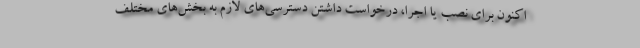
اکنون برای نصب یا اجرا، درخواست داشتن دسترسی‌های لازم به بخش‌های مختلف